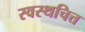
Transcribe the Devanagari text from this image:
स्वस्थचित्त